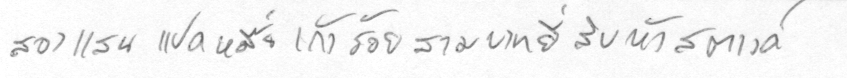
สองแสนแปดหมื่นเก้าร้อยสามบาทยี่สิบห้าสตางค์